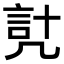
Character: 𧦕